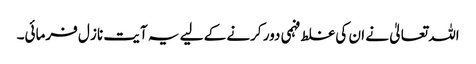
اللہ تعالیٰ نے ان کی غلط فہمی دور کرنے کے لیے یہ آیت ناز ل فرمائی۔